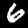
Digit: 6